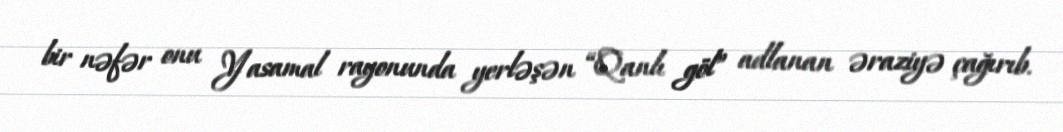
bir nəfər onu Yasamal rayonunda yerləşən “Qanlı göl” adlanan əraziyə çağırıb.